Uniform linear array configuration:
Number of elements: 64
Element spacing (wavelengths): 0.5
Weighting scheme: hann
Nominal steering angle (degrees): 15
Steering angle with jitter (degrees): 15.451
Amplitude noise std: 0.05
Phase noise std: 0.05

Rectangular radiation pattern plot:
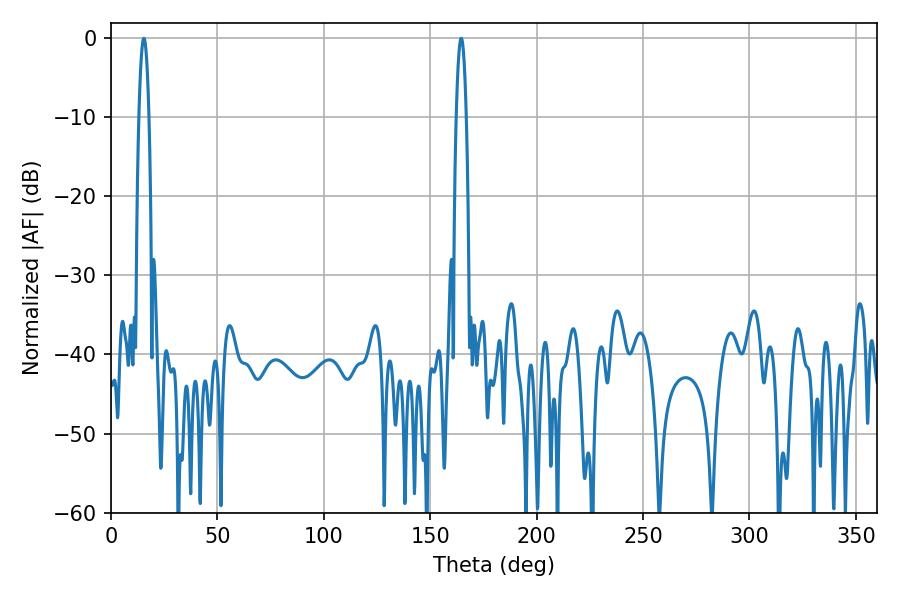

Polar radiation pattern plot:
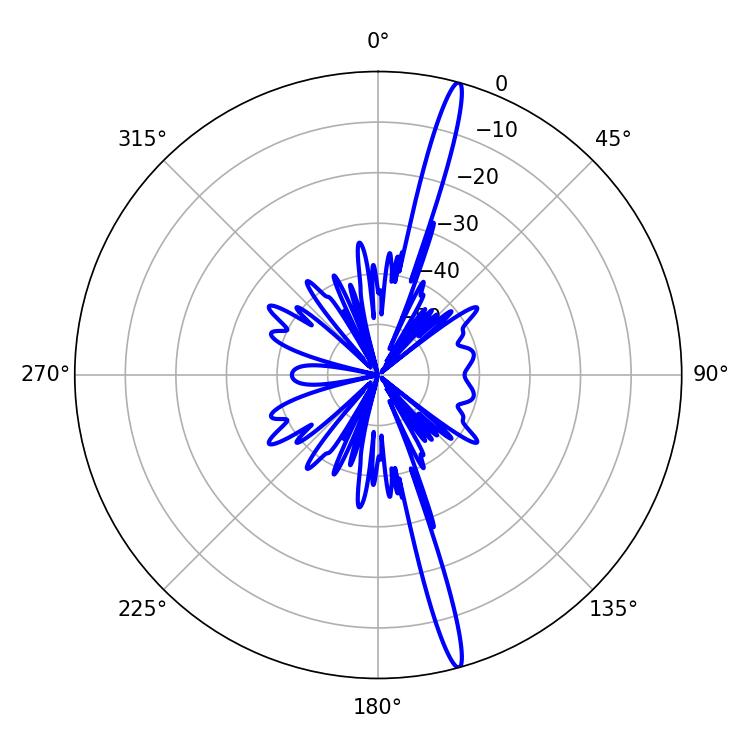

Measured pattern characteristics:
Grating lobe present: FALSE
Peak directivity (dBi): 18.799
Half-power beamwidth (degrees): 2.52
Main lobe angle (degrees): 164.52